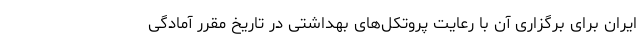
ایران برای برگزاری آن با رعایت پروتکل‌های بهداشتی در تاریخ مقرر آمادگی